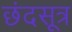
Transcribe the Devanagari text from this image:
छंदसूत्र